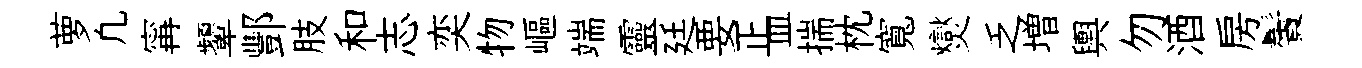
萝凢𡩋顰酆肢和志奕物嶇端靈廷要正皿揣枕寬爕乏増輿勿酒房鬢